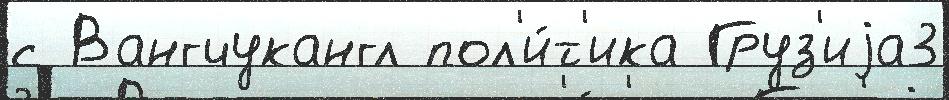
с Вангчукангл пол'и́т'ика Груз'иjа3